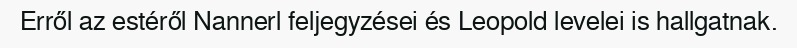
Erről az estéről Nannerl feljegyzései és Leopold levelei is hallgatnak.